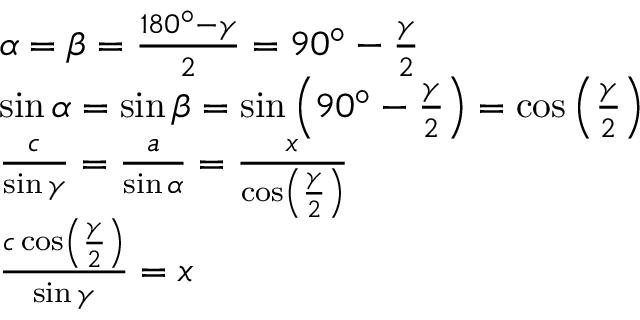
{ \begin{array} { r l } & { \alpha = \beta = { \frac { 1 8 0 ^ { \circ } - \gamma } { 2 } } = 9 0 ^ { \circ } - { \frac { \gamma } { 2 } } } \\ & { \sin \alpha = \sin \beta = \sin \left( 9 0 ^ { \circ } - { \frac { \gamma } { 2 } } \right) = \cos \left( { \frac { \gamma } { 2 } } \right) } \\ & { { \frac { c } { \sin \gamma } } = { \frac { a } { \sin \alpha } } = { \frac { x } { \cos \left( { \frac { \gamma } { 2 } } \right) } } } \\ & { { \frac { c \cos \left( { \frac { \gamma } { 2 } } \right) } { \sin \gamma } } = x } \end{array} }